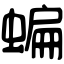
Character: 蝙